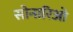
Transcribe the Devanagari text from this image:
सोनारिओ